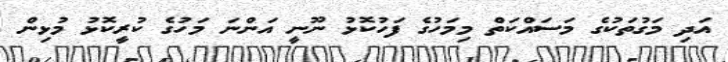
އަދި މަގުތަކުގެ މަސައްކަތް މިމަހުގެ ފަހުކޮޅު ނޫނީ އަންނަ މަހުގެ ކުރީކޮޅު މުޅިން